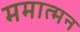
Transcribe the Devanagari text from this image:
ममात्मन